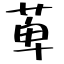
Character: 萆